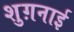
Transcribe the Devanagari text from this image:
शुग़नाई